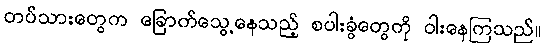
တပ်သားတွေက ခြောက်သွေ့နေသည့် စပါးခွံတွေကို ဝါးနေကြသည်။